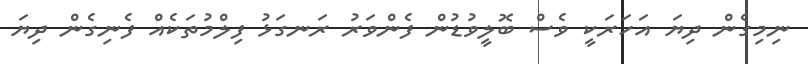
ނިމިގެން ދިޔަ އަހަރަކީ ވެސް ބޮލީވުޑުން ފެންވަރު ރަނގަޅު ފިލްމުތަކެއް ފެނިގެން ދިޔަ